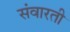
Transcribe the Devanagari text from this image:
संवारती